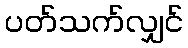
ပတ်သက်လျှင်